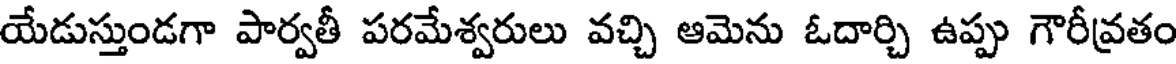
యేడుస్తుండగా పార్వతీ పరమేశ్వరులు వచ్చి ఆమెను ఓదార్చి ఉప్పు గౌరీవ్రతం